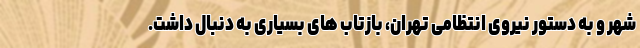
شهر و به دستور نیروی انتظامی تهران، بازتاب های بسیاری به دنبال داشت.